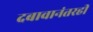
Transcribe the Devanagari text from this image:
दबावानंतरही